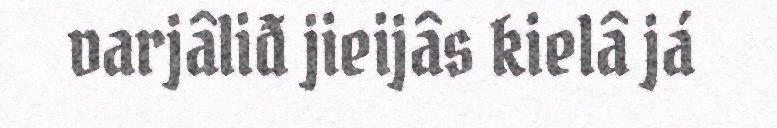
varjâliđ jieijâs kielâ já